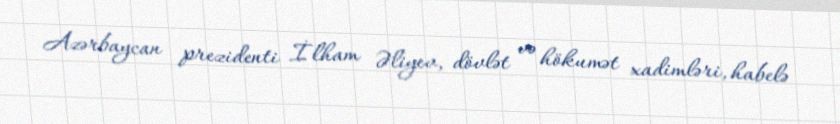
Azərbaycan prezidenti İlham Əliyev, dövlət və hökumət xadimləri, habelə